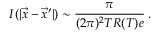
I ( | \vec { x } - \vec { x } ^ { \prime } | ) \sim \frac { \pi } { ( 2 \pi ) ^ { 2 } T R ( T ) e } \: .